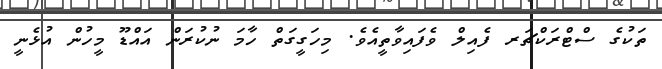
ތަކުގެ ސްޓްރަކްޗަރ ފެއިލް ވެފައިވާތީއެވެ. މިހަގީގަތް ހާމަ ނުކުރަން އައްޑޫ މީހުން އުޅެނީ